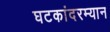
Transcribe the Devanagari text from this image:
घटकांदरम्यान